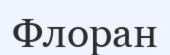
Флоран